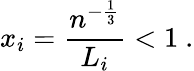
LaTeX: x_{i}=\frac{n^{-\frac{1}{3}}}{L_{i}}<1\ .